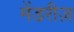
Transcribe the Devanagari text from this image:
मेंडरीज़